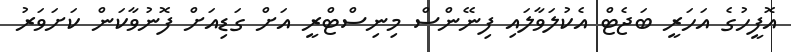
އޮފީހުގެ އަހަރީ ބަޖެޓް އެކުލަވާލައި ފިނޭންސް މިނިސްޓްރީ އަށް ގަޑިއަށް ފޮނުވާކަން ކަށަވަރު